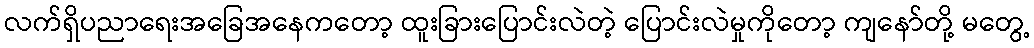
လက်ရှိပညာရေးအခြေအနေကတော့ ထူးခြားပြောင်းလဲတဲ့ ပြောင်းလဲမှုကိုတော့ ကျနော်တို့ မတွေ့